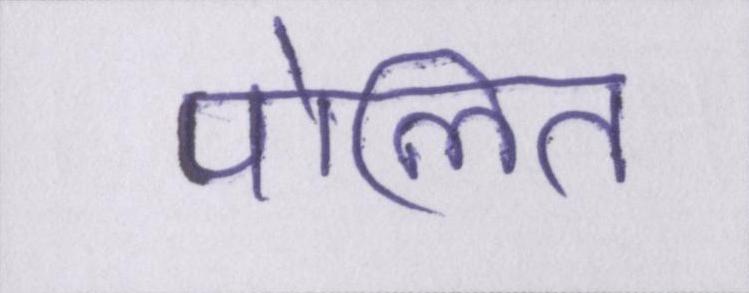
पोलित